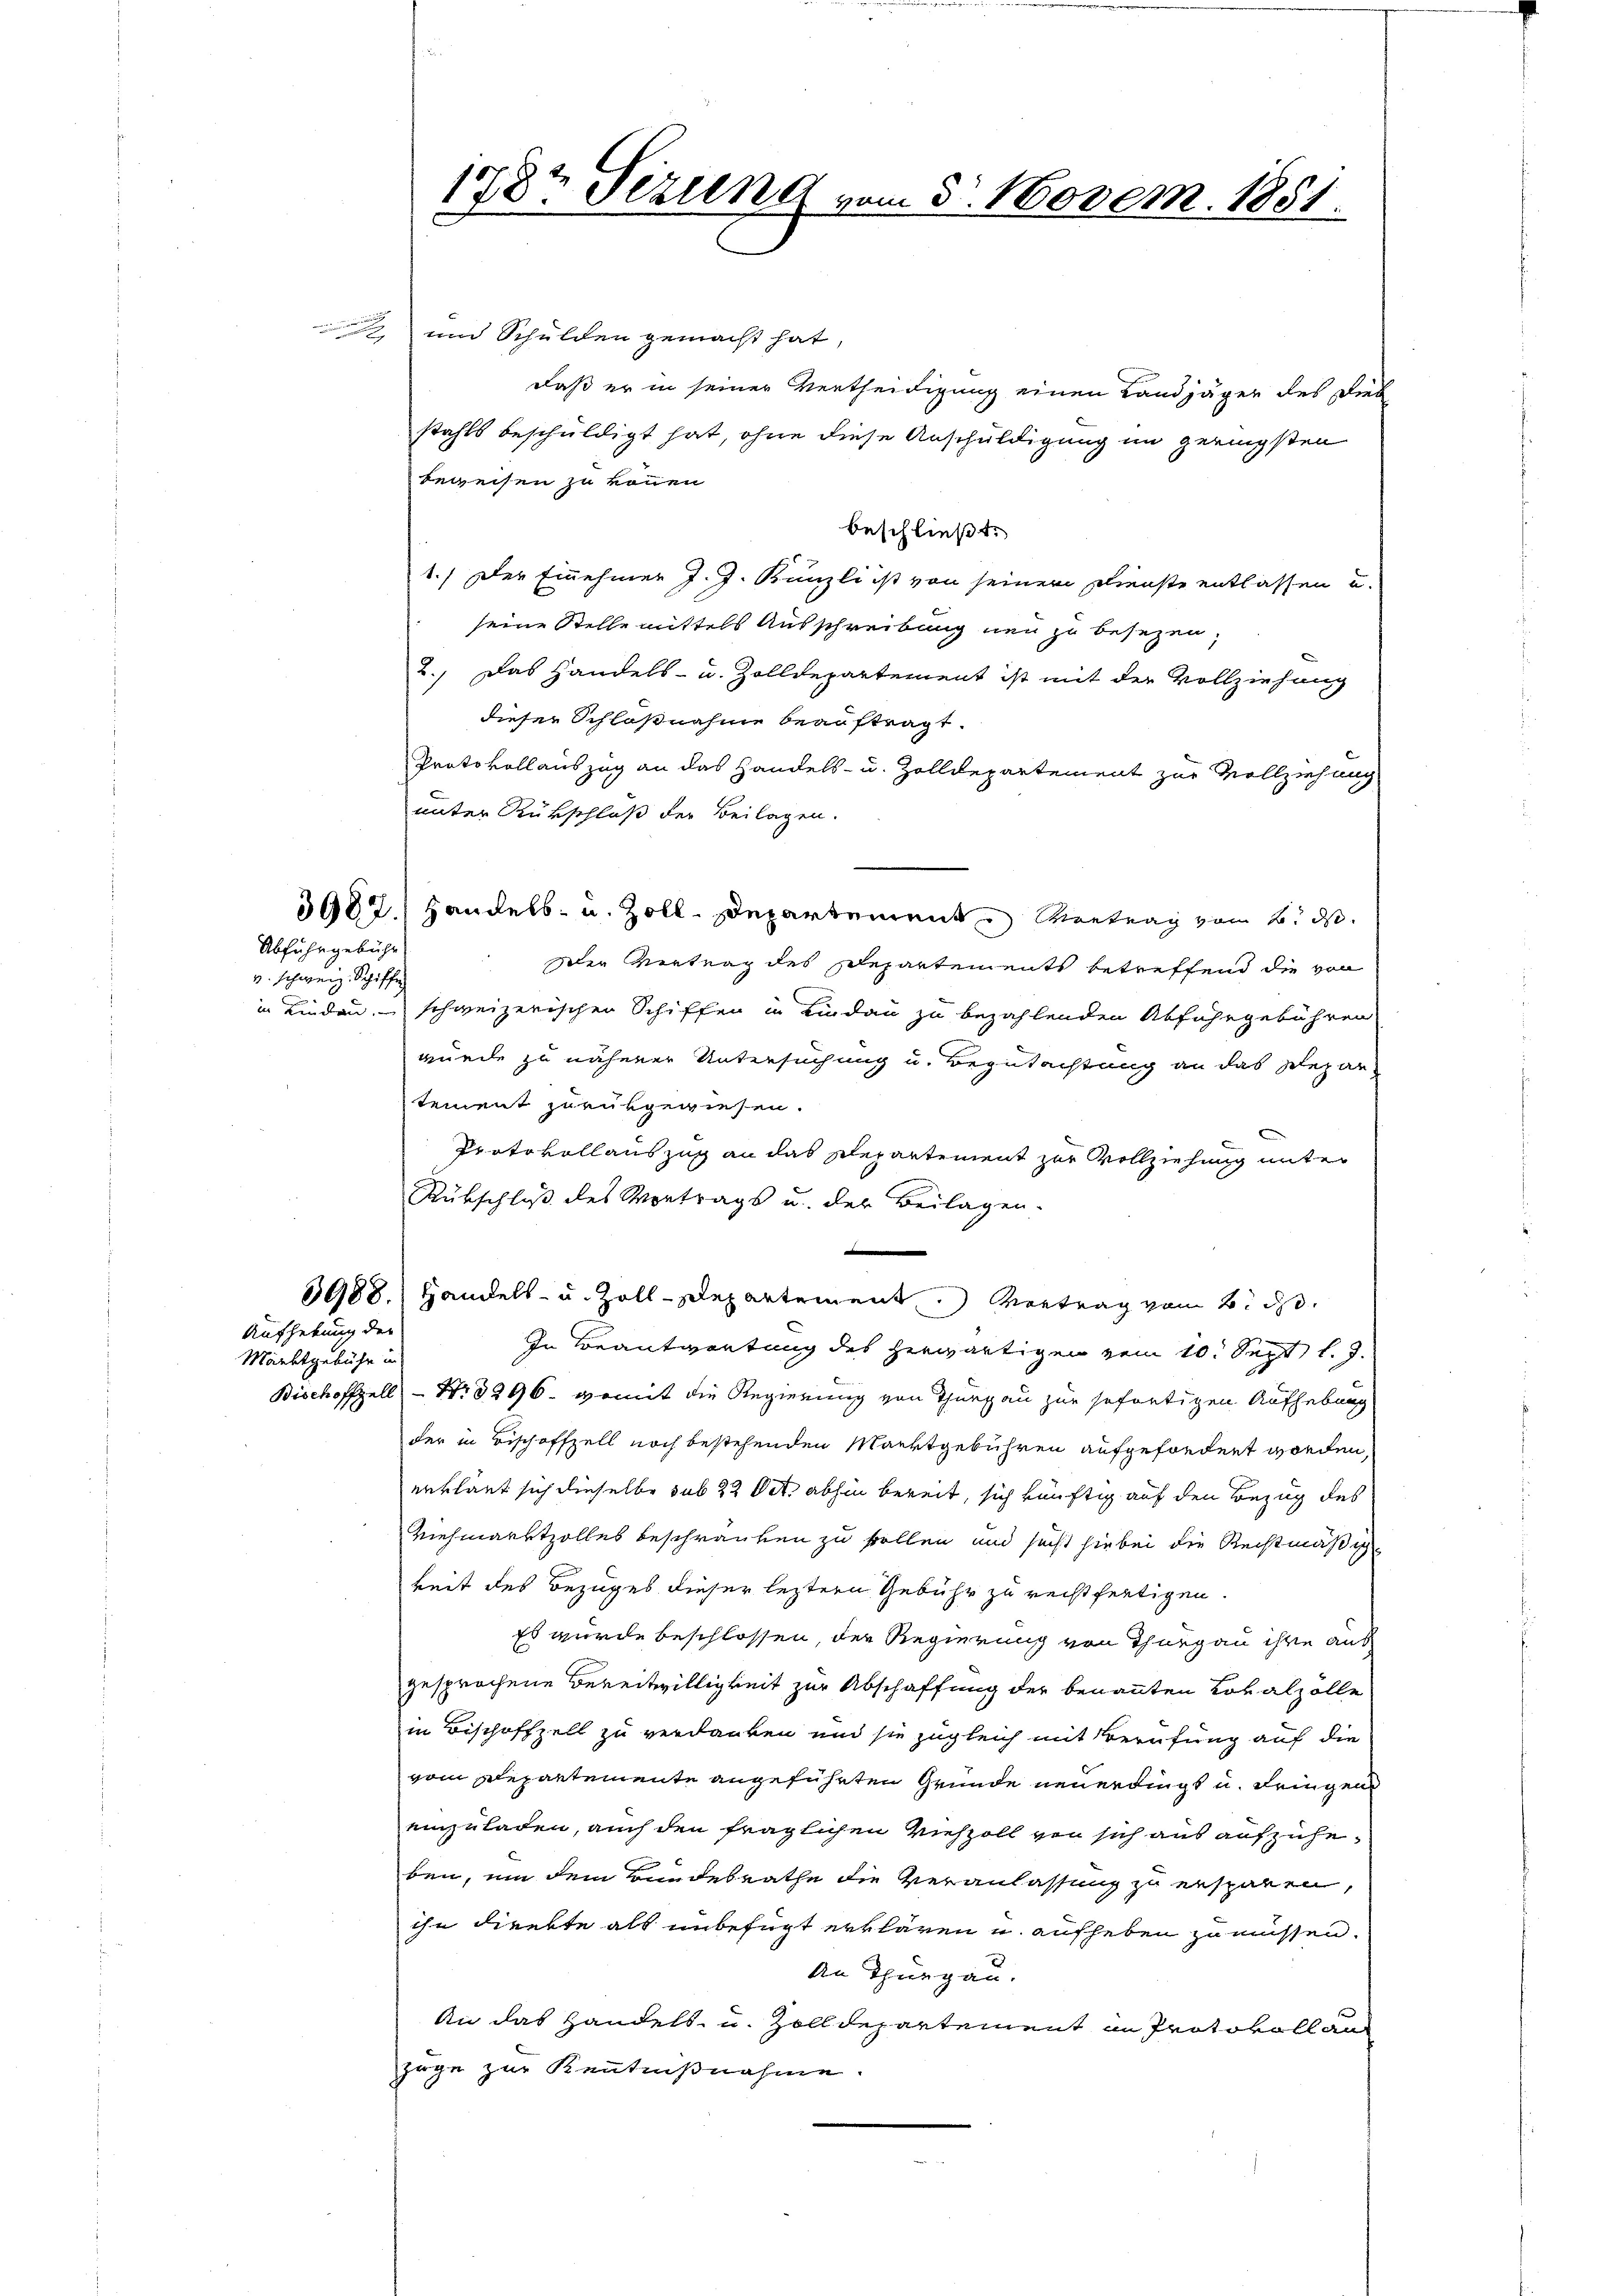
Abfuhrgebühr
v. schweiz. Schiffe

Aufhebung der
Marktgebühr in

1787 Sizung vom 3. Novem. 1851.

und Schulden gemacht hat,
daß er in seiner Vertheiligung einen Landjäger des Dieb
stahls beschuldigt hat, ohne diese Anschuldigung im geringsten
beweisen zu können.
beschließt:
1.) Der Einnehmer J. J. Bünzli ist von seiner Dienste entlassen u.
seine Stelle mittels Ausschreibung neu zu besezen,
2.) Das Handels- u. Zolldepartement ist mit der Vollziehung
dieser Schloßnahme beauftragt.
Protokollauszug an das Handels- u. Zolldepartement zur Vollziehung
unter Rükschluß der Beilagen.
3687.) Handels- u. Zoll-Departement Vertrag vom 6. d.
Der Vertrag des Schepartements betreffend die von
in Lindau, – schweizerischen Schiffen in Lindau zu bezahlenden Abfuhrgebühren
würde zu näherer Untersuchung u. Begutachtung an das Departement zurükgewiesen.
Protokollauszug an das Departement zur Vollziehung unter
Rübschluß des Vortrags u. der Beilagen.
n
3988.) Handels- u. Zoll-Departement. Vortrag vom 8. d.
In Beantwortung des herwärtigen vom 10. Sept. l. J.
Bischoffzell – Nr. 3296. womit die Regierung von Thurgau zur sofortigen Aufhebung
der in Bischoffzell noch bestehenden Marktgebühren aufgefordert worden,
erklärt sich dieselbe sub 22 Oct. abhin bereit, sich künftig auf den Bezug des
Viehmarktzolles beschränken zu sollen und sucht hiebei die Rechtmäßigkeit des Bezuges dieser leztern Gebühr zu rechtfertigen.
Es wurde beschlossen, der Regierung von Thurgau ihre aus
gesprochene Bereitwilligkeit zur Abschaffung der benannten Lokalzolle
in Bischoffzell zu verdanken und sie zugleich mit Berufung auf die
vom Departemente angeführten Gründe neuerdingt u. dringen
einzuladen, auch den fraglichen Viehzoll von sich aus aufzuheben, um dem Bundesrathe die Veranlassung zu ersparen,
ihn direkte als unbefügt erklären u. aufheben zu müssen.
An Thurgau.
An das Handels- u. Zolldepartement in Protokoll an
zege zur Kenntnißnahme.